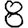
Digit: 8